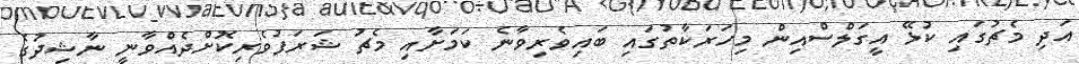
އަދި މެޗުގައި ކުޅޭ އީގަލްސްއިން މިހަރަކާތުގައި ބައިވެރިވާނެ ކަމަށާއި މެޗު ޝަރަފުވެރިކޮށްދެއްވާނީ ނާޝިދުގެ